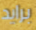
برايد